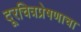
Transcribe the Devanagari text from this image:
दूरचित्रप्रेषणाचा